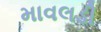
માવલડી